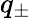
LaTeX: q_{\pm}